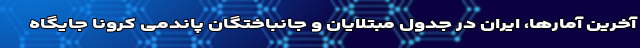
آخرین آمارها، ایران در جدول مبتلایان و جانباختگان پاندمی کرونا جایگاه